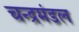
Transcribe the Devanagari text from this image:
चन्द्रमंडल